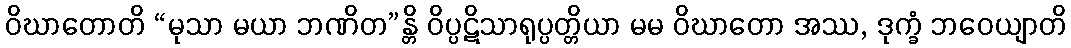
ဝိဃာတောတိ “မုသာ မယာ ဘဏိတ”န္တိ ဝိပ္ပဋိသာရုပ္ပတ္တိယာ မမ ဝိဃာတော အဿ, ဒုက္ခံ ဘဝေယျာတိ